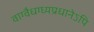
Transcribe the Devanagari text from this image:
वाग्वैधग्ध्यप्रधानेऽपि